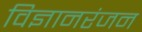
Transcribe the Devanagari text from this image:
विज्ञानरंजन